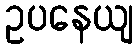
ဥပနေယျ